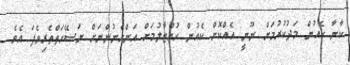
ކާނާ ކެއުން މަދުކުރުމަށް ނޫނީ އެއްކޮށް ކެއުން ހުއްޓާލުމަށް އަންހެނުންނަށް ނަސޭހަތްތެރިވެފަ އެވެ.